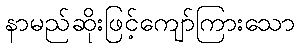
နာမည်ဆိုးဖြင့်ကျော်ကြားသော